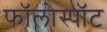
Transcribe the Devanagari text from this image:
फॉलोस्पॉट